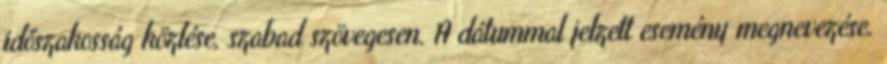
időszakosság közlése, szabad szövegesen. A dátummal jelzett esemény megnevezése.